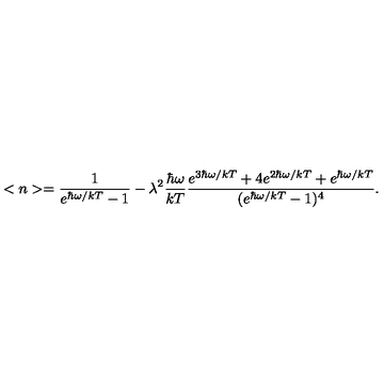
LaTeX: < n > = \frac { 1 } { e ^ { \hbar \omega / k T } - 1 } - \lambda ^ { 2 } \frac { \hbar \omega } { k T } \frac { e ^ { 3 \hbar \omega / k T } + 4 e ^ { 2 \hbar \omega / k T } + e ^ { \hbar \omega / k T } } { ( e ^ { \hbar \omega / k T } - 1 ) ^ { 4 } } .